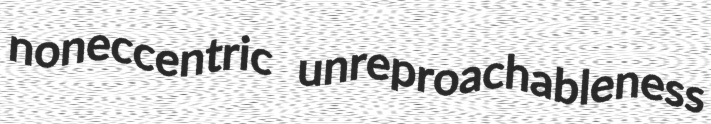
noneccentric unreproachableness